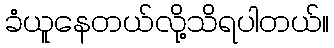
ခံယူနေတယ်လို့သိရပါတယ်။